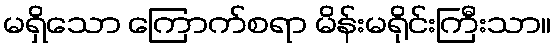
မရှိသော ကြောက်စရာ မိန်းမရိုင်းကြီးသာ။